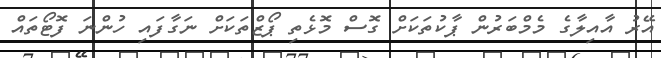
އޭރު އާއިލާގެ މެމްބަރުން ޕާކުތަކަށް ގޮސް މޮޅެތި ޕޯޒްތަކަށް ނަގާފައި ހުންނަ ފޮޓޯތައް